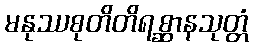
မနုဿစုတိတိရစ္ဆာနသုတ္တံ